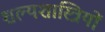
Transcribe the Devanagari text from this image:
शल्यशास्त्रियों